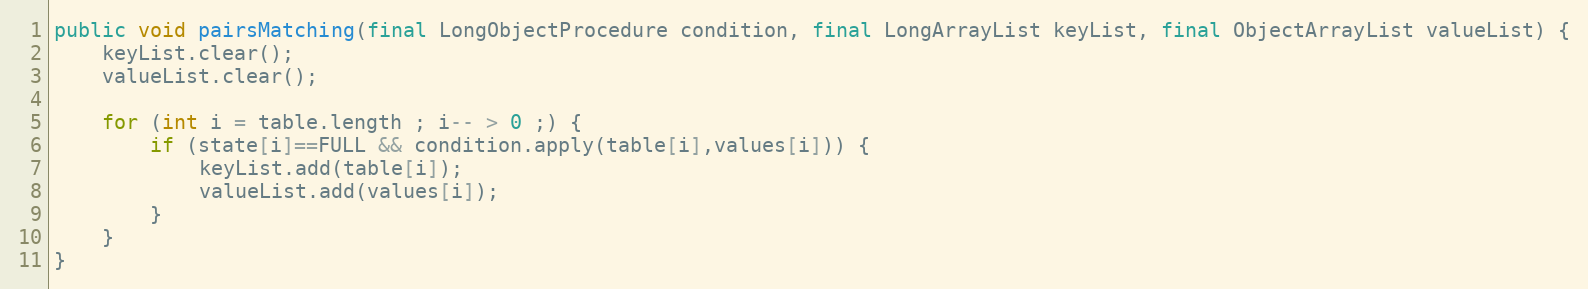
Language: Java
public void pairsMatching(final LongObjectProcedure condition, final LongArrayList keyList, final ObjectArrayList valueList) {
	keyList.clear();
	valueList.clear();

	for (int i = table.length ; i-- > 0 ;) {
		if (state[i]==FULL && condition.apply(table[i],values[i])) {
			keyList.add(table[i]);
			valueList.add(values[i]);
		}
	}
}